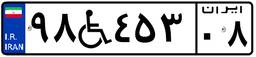
۹۸W۴۵۳۰۸